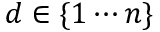
d \in \{ 1 \cdots n \}